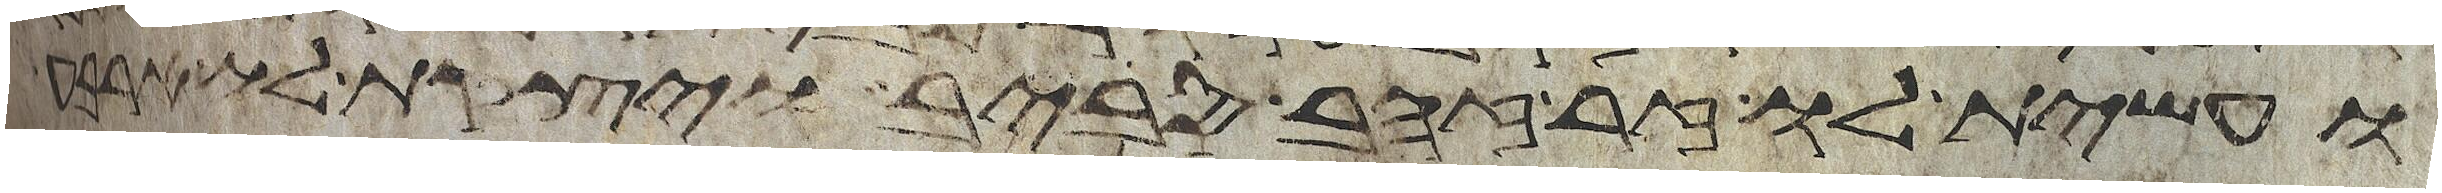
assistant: ועשית לו זר זהב סביב ויצקת לו ארבע